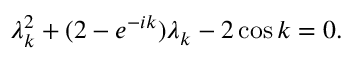
\lambda _ { k } ^ { 2 } + ( 2 - e ^ { - i k } ) \lambda _ { k } - 2 \cos k = 0 .